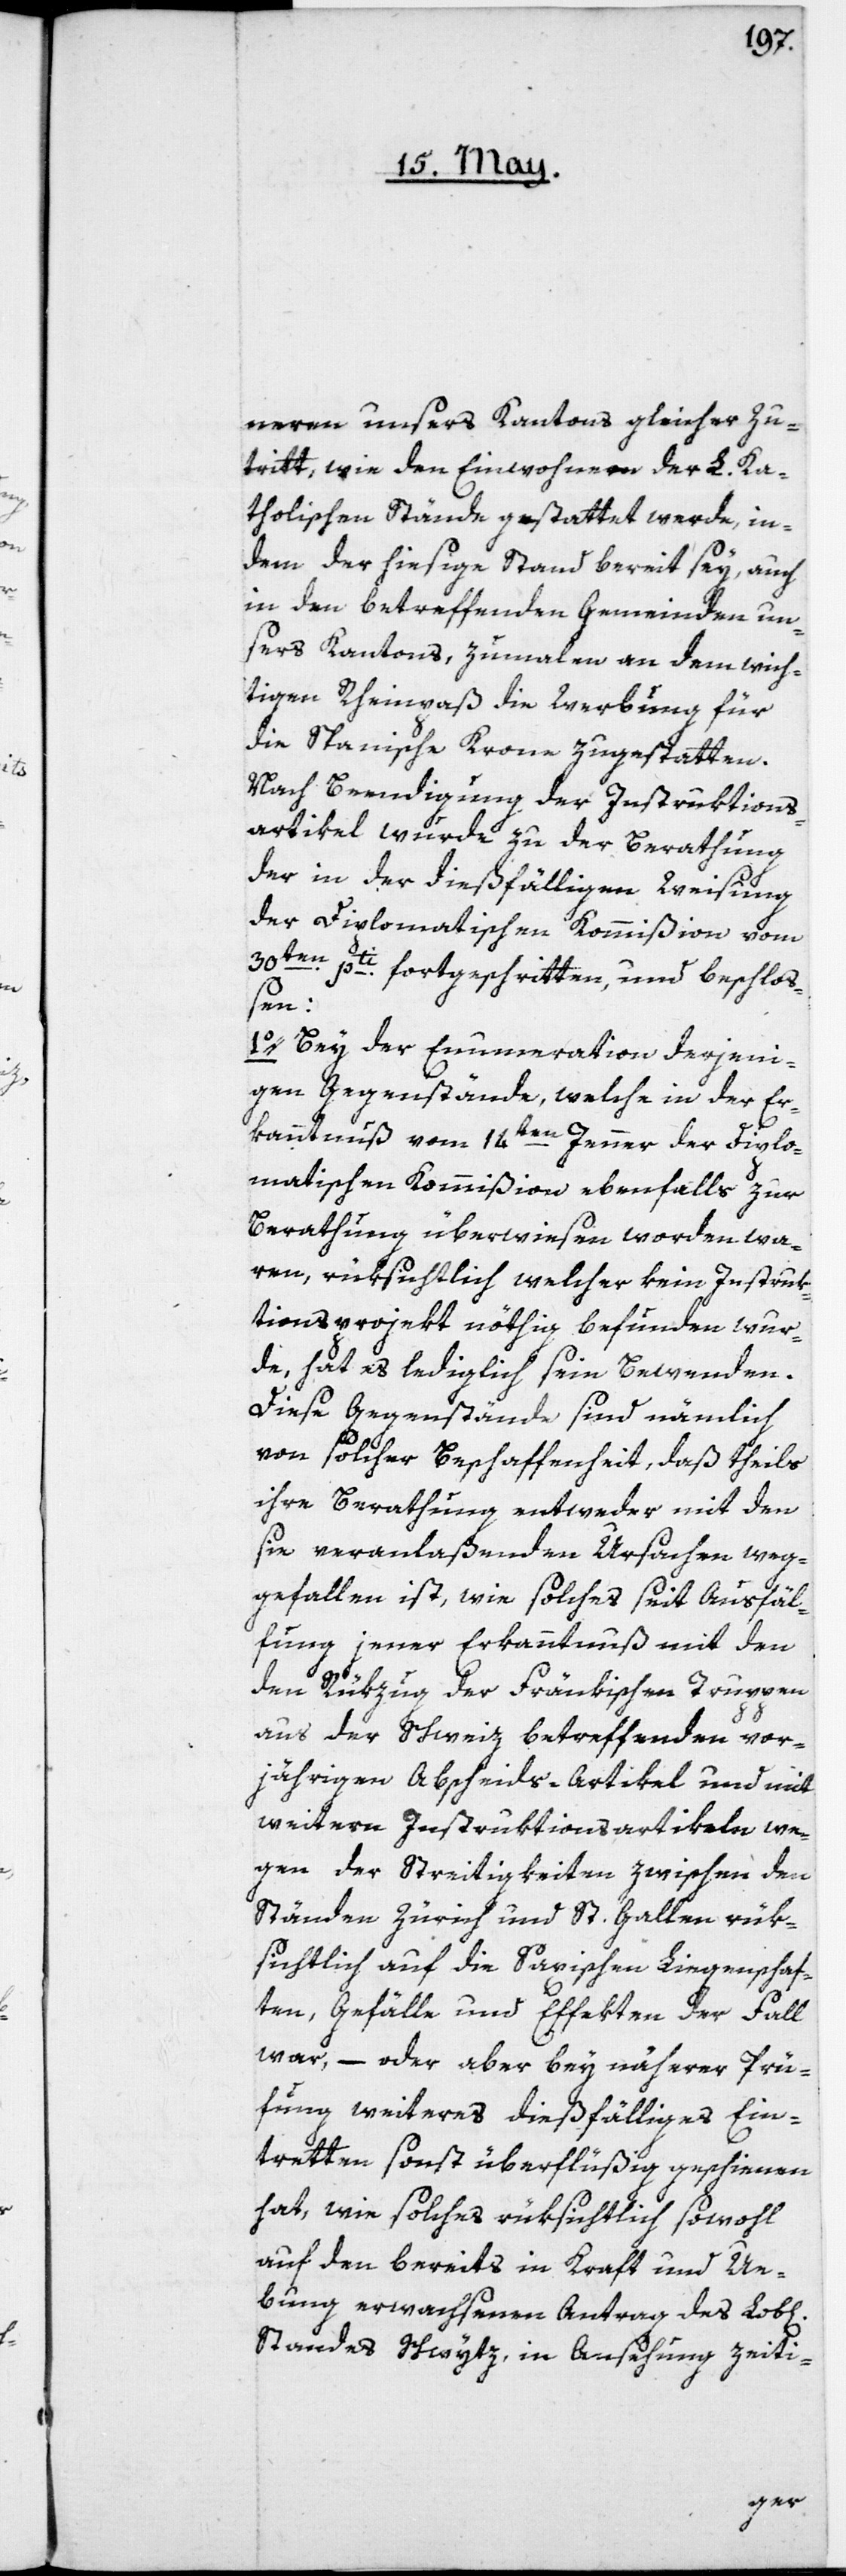
neren unsers Kantons gleicher Zu¬
tritt, wie den Einwohneren der L. Ka¬
tholischen Stände gestattet werde, in¬
dem der hiesige Stand bereit sey, auch
in den betreffenden Gemeinden un¬
sers Kantons, zumalen an dem wich¬
tigen Rheinpaß die Werbung für
die Spanische Krone zu gestatten.
Nach Beendigung der Instruktions¬
artikel wurde zu der Berathung
der in der dießfälligen Weisung
der Diplomatischen Kommißion vom
30ten pti fortgeschritten, und beschloß¬
chen]
1o. Bey der Enumeration derjeni¬
gen Gegenstände, welche in der Er¬
kanntnuß vom 14ten Jenner der Diplo¬
matischen Kommißion ebenfalls zur
Berathung überwiesen worden wa¬
ren, rüksichtlich welcher kein Instruk¬
tionsprojekt nöthig befunden wur¬
de, hat es lediglich sein Bewenden.
Diese Gegenstände sind nämlich
von solcher Beschaffenheit, daß theils
ihre Berathung entweder mit den
sie veranlaßenden Ursachen weg¬
gefallen ist, wie solches seit Ausfäl¬
lung jener Erkanntnuß mit den
den Rükzug der Fränkischen Truppen
aus der Schweiz betreffenden vor¬
jährigen Abscheids-Artikel und mit
weitern Instruktionsartikeln we¬
gen der Streitigkeiten zwischen den
Ständen Zürich und St.Gallen rük¬
sichtlich auf die Saxischen Liegenschaf¬
ten, Gefälle und Effekten der Fall
war, – oder aber bey näherer Prü¬
fung weiteres dießfälliges Ein¬
tretten sonst überflüßig geschienen
hat, wie solches rüksichtlich sowohl
auf den bereits in Kraft und Ue¬
bung erwachsenen Antrag des Lob[li¬
Standes Schwytz, in Ansehung zeiti-